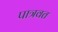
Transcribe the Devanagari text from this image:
पात्रवत